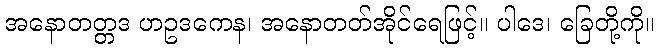
အနောတတ္တဒ ဟဥဒကေန၊ အနောတတ်အိုင်ရေဖြင့်။ ပါဒေ၊ ခြေတို့ကို။